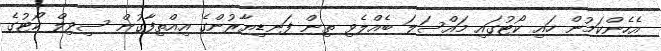
އެހެންކަމުން ހައި ކޯޓުގައި މައްސަލަ ބެއްލެވި ތިން ފަނޑިޔާރުންގެ އިއްތިފާގުން ސިވިލް ކޯޓުގެ